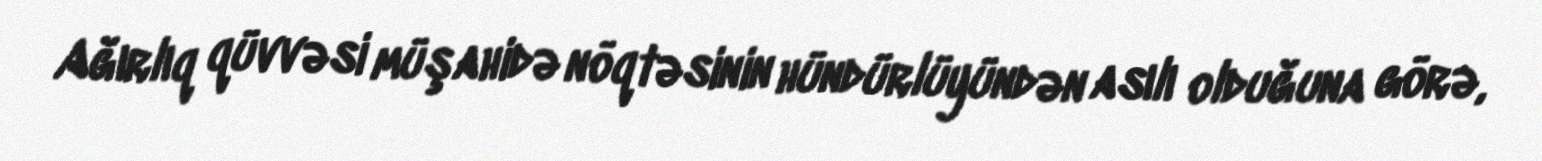
Ağırlıq qüvvəsi müşahidə nöqtəsinin hündürlüyündən asılı olduğuna görə,